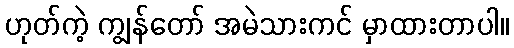
ဟုတ်ကဲ့ ကျွန်တော် အမဲသားကင် မှာထားတာပါ။